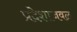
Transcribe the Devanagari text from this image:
प्रदेशाजवळ